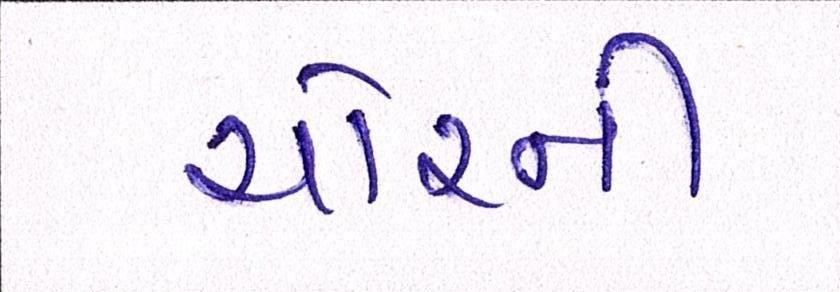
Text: ચોરની